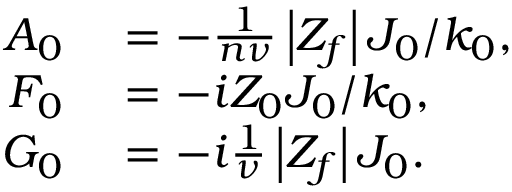
\begin{array} { r l } { A _ { 0 } } & { { } = - \frac { 1 } { n \nu } \left| Z _ { f } \right| J _ { 0 } / k _ { 0 } , } \\ { F _ { 0 } } & { { } = - i Z _ { 0 } J _ { 0 } / k _ { 0 } , } \\ { G _ { 0 } } & { { } = - i \frac { 1 } { \nu } \left| Z _ { f } \right| J _ { 0 } . } \end{array}